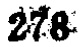
$278$